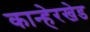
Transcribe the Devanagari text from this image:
कान्हेरखेड